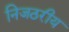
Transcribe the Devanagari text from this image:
निजठरीय